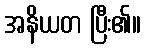
အနိယတ ပြီး၏။